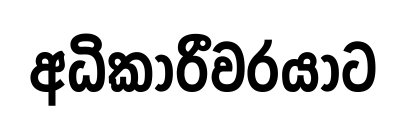
අධිකාරීවරයාට